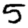
Digit: 5